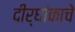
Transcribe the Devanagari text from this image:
दीर्घांकाचे